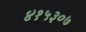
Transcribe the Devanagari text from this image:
४१५३०७